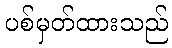
ပစ်မှတ်ထားသည်